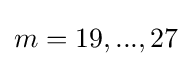
m=19,...,27